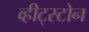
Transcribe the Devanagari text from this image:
व्हीट्स्टोन